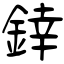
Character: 﨨